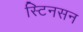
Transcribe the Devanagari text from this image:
स्टिनसन